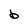
Character: b